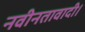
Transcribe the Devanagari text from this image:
नवीनतावादी।